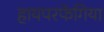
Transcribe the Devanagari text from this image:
हायपरफेगिया